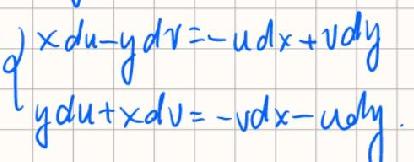
\[
\begin{cases}
xdu - ydv=-udx + vdy\\
ydu + xdv=-vdx - udy
\end{cases}
\]